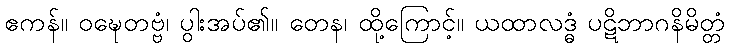
ဧကန်။ ဝဍ္ဎေတဗ္ဗံ၊ ပွါးအပ်၏။ တေန၊ ထို့ကြောင့်။ ယထာလဒ္ဓံ ပဋိဘာဂနိမိတ္တံ